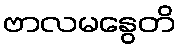
ဗာလမနွေတိ